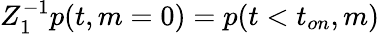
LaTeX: Z_{1}^{-1}p(t,m=0)=p(t<t_{on},m)